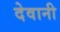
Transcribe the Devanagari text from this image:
देवानी